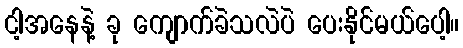
ငါ့အနေနဲ့ ခု ကျောက်ခဲသလဲပဲ ပေးနိုင်မယ်ပေါ့။